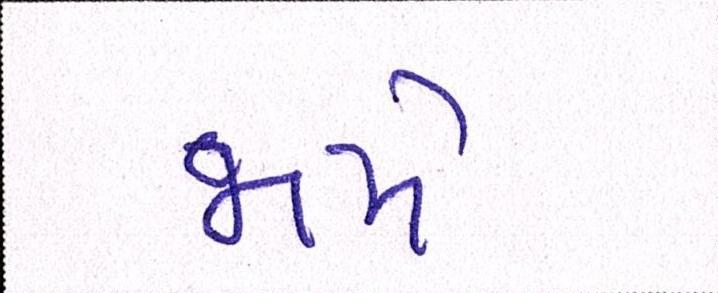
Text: જામે